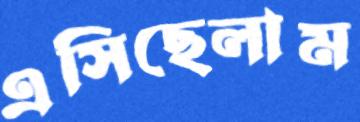
এসিছেলাম